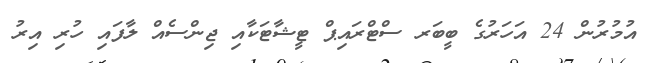
އުމުރުން 24 އަހަރުގެ ބީބަރ ސްޓްރައިޕް ޓީޝާޓަކާއި ޖިންސެއް ލާފައި ހުރި އިރު